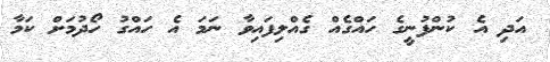
އަދި އެ ކުންފުނީގެ ހައްގެއް ގެއްލިފައިވާ ނަމަ އެ ހައްގު ހޯދުމަށް ކަމާ